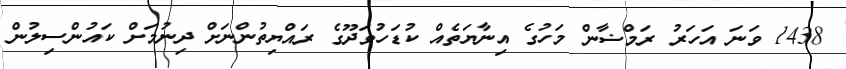
1438 ވަނަ އަހަރު ރަމްޟާން މަހުގެ އިނާޔަތެއް ކުޑަހުވަދޫގެ ރައްޔިތުންނަށް ދިނުމަށް ކައުންސިލުން